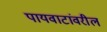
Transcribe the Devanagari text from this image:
पायवाटांवरील